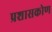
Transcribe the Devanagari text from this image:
प्रशासकोण